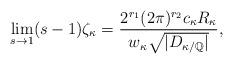
LaTeX: \begin{align*}\lim\limits_{s\to 1}(s-1)\zeta_{\kappa}=\frac{2^{r_1}(2\pi)^{r_2}c_{\kappa}R_{\kappa}}{w_{\kappa}{\sqrt{|D_{\kappa/\mathbb{Q}}|}}},\end{align*}